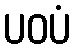
ပဝပံ